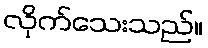
လိုက်သေးသည်။